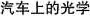
汽车上的光学